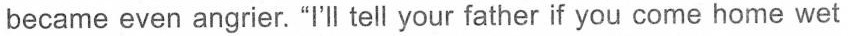
became even angrier. “I'l tell your father if you come home wet